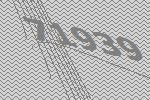
71939